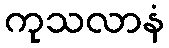
ကုသလာနံ